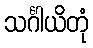
သင်္ဂါယိတုံ